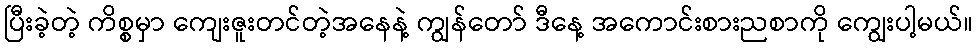
ပြီးခဲ့တဲ့ ကိစ္စမှာ ကျေးဇူးတင်တဲ့အနေနဲ့ ကျွန်တော် ဒီနေ့ အကောင်းစားညစာကို ကျွေးပါ့မယ်။